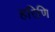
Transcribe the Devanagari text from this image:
हरिणि